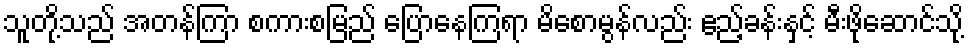
သူတို့သည် အတန်ကြာ စကားစမြည် ပြောနေကြရာ မိစောမွန်လည်း ဧည့်ခန်းနှင့် မီးဖိုဆောင်သို့